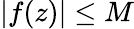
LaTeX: |f(z)|\leq M